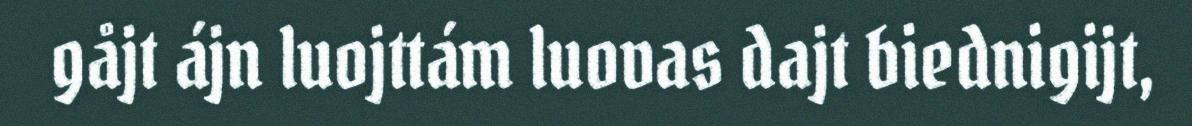
gåjt ájn luojttám luovas dajt biednigijt,